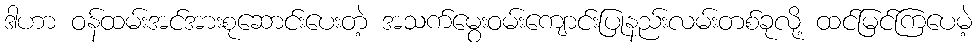
ဒါဟာ ဝန်ထမ်းအင်အားစုဆောင်းပေးတဲ့ အသက်မွေးဝမ်းကျောင်းပြုနည်းလမ်းတစ်ခုလို့ ထင်မြင်ကြပေမဲ့